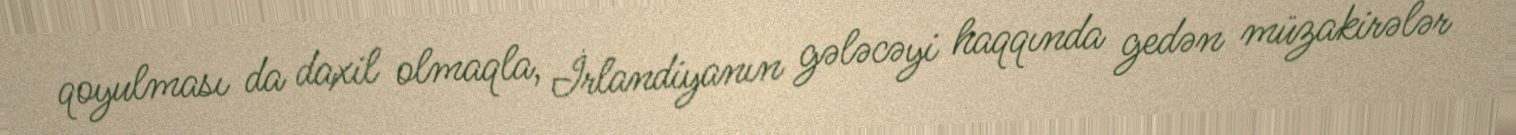
qoyulması da daxil olmaqla, İrlandiyanın gələcəyi haqqında gedən müzakirələr